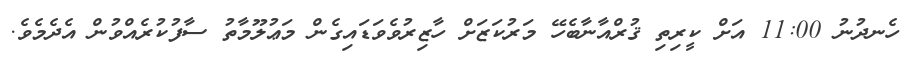
ހެނދުނު 11:00 އަށް ކީރިތި ޤުރްއާނާބެހޭ މަރުކަޒަށް ހާޒިރުވެވަޑައިގެން މަޢުލޫމާތު ސާފުކުރެއްވުން އެދެމެވެ.